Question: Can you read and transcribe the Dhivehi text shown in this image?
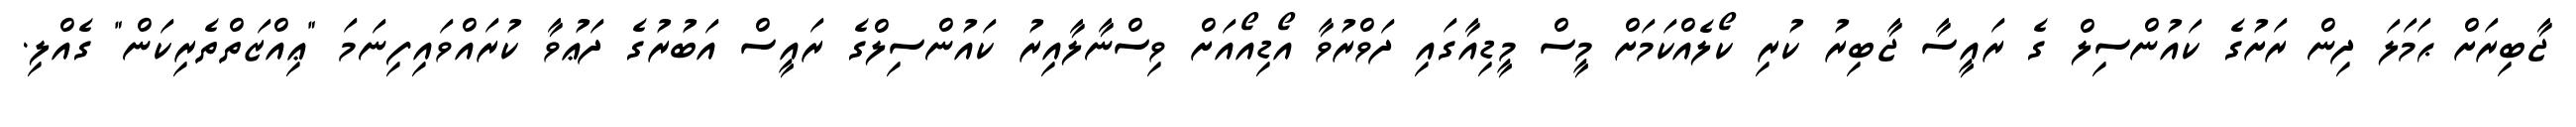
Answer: ޖާބިރަށް ޙަމަލަ ދިން ރަށުގެ ކައުންސިލް ގެ ރައީސާ ޖާބިރު ކުރި ކޯލެއްކަމަށް މީސް މީޑިއާގައި ދަވްރުވާ އޯޑިއޯއަށް ވިސްނާލާއިރު ކައުންސިލްގެ ރައީސް އަބުރުގެ ދަޢުވާ ކުރައްވައިފިނަމަ "ޢިއްޒަތްތެރިކަން" ގެއްލި.